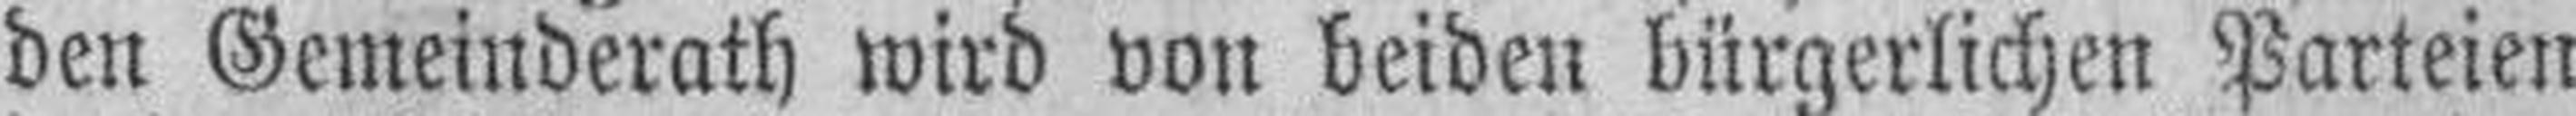
den Gemeinderath wird von beiden bürgerlichen Parteien